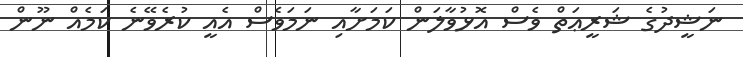
ނަޝީދުގެ ޝަރީޢަތް ވެސް އޮޅުވާލަން ކަމަށާއި ނަމަވެސް އެއީ ކުރެވޭނެ ކަމެއް ނޫން